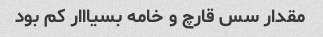
مقدار سس قارچ و خامه بسیااار کم بود